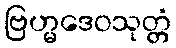
ဗြဟ္မဒေဝသုတ္တံ